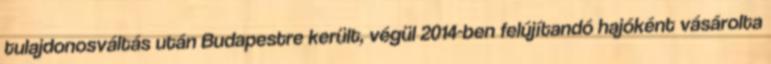
tulajdonosváltás után Budapestre került, végül 2014-ben felújítandó hajóként vásárolta